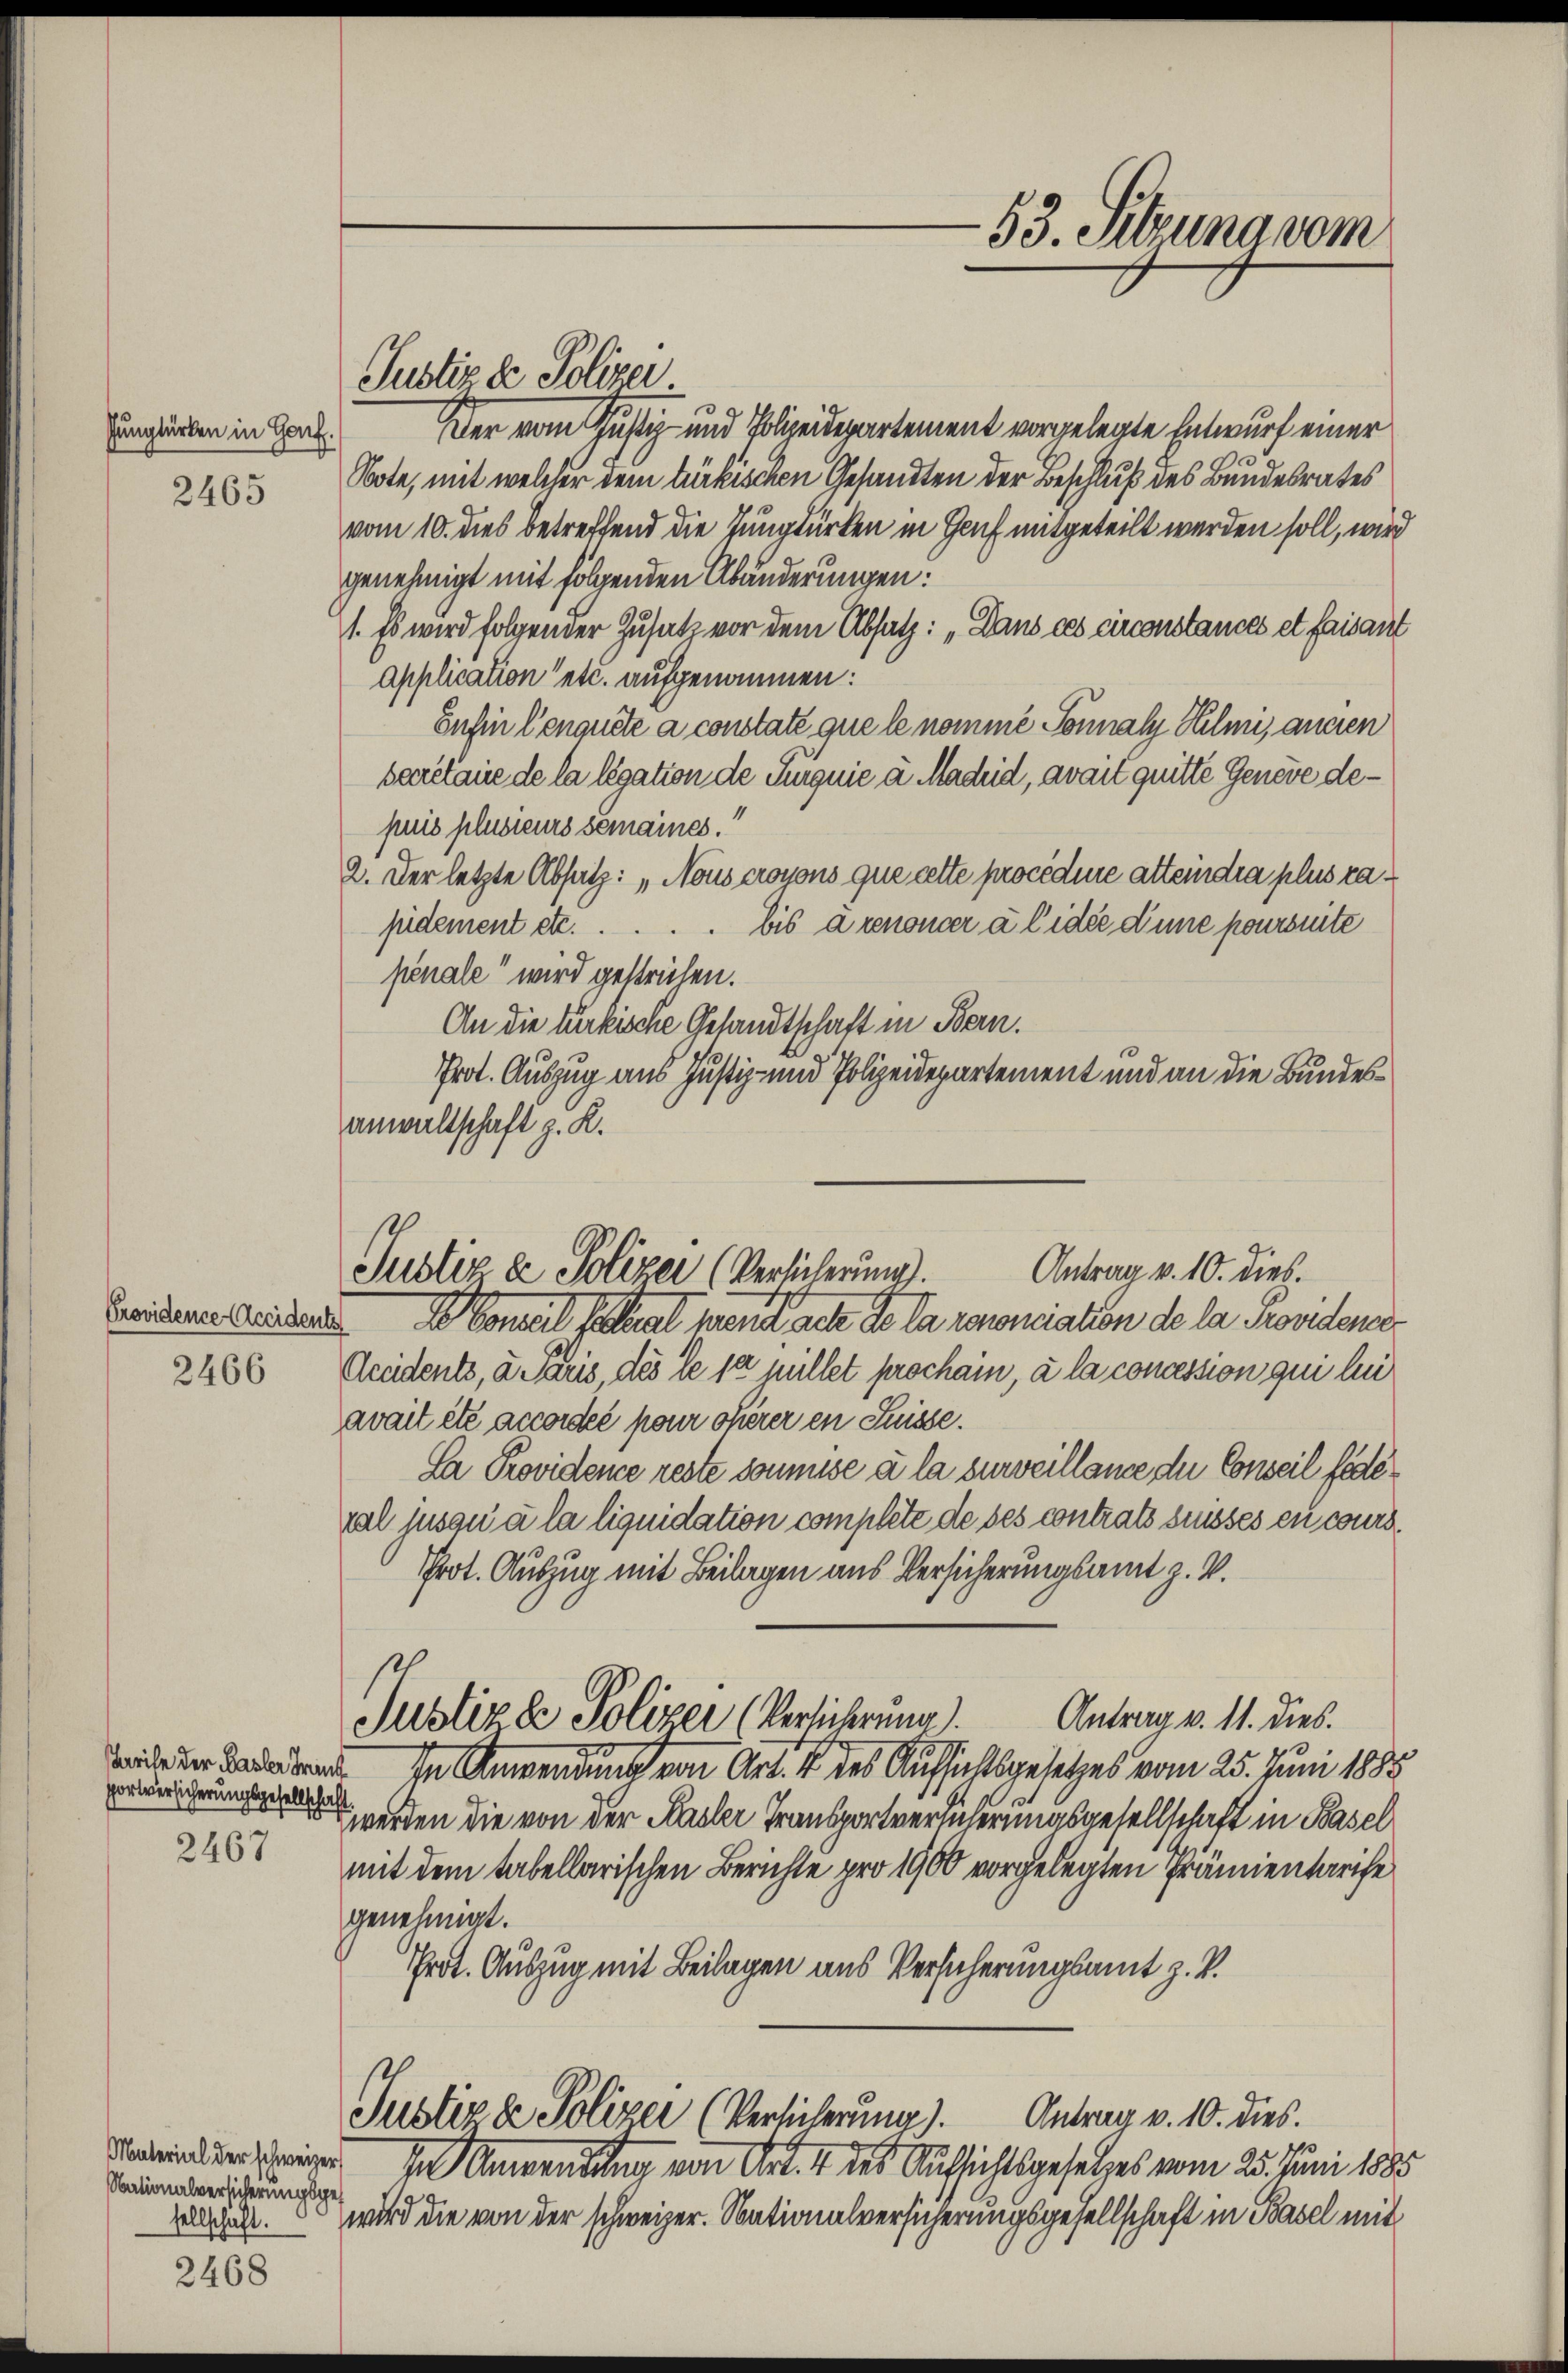
Pungtürken in Genf.

2465

Providence Accidente

2466

portversicherungsgesellschaft

2467

Nationalversicherungsges
sellschaft.

2468

Justiz & Polizei
Der vom Justiz- und Polizeidepartement vorgelegte Entwurf einer
Note, mit welcher dem türkischen Gesandten der Beschluß des Bundesrates
vom 10. dies betreffend die Zungtürken in Genf mitgeteilt werden soll, wird
genehmigt mit folgenden Abänderungen:
1. Es wird folgender Zusatz vor dem Absatz: „Dans ces circonstances et faisant
application etc. aufgenommen:
Enfin Cenquete a constate que le nomme Sonnaly Helmi, ancien
secretaire de la légation de Turgnie u. Madrid, avait quitte Geneve depuis plusieurs semaines.“
2. Der letzte Absatz: „Nous croyons que cette procédure atteindra plus rapidement etc. . . . . bis a renoncer à l’idée d’une poursuite
penale“ wird gestrichen.
An die türkische Gesandtschaft in Bern.
Prot. Auszug aus Justiz- und Polizeidepartement und an die Bundesanwaltschaft z. K.
Mamel stet hand sche de la renonciation de la Prorden
Accidents, u. Paris, des le se fillet prochain, à la concession qui lei
avait été accordée pour oherer en Suisse.
Sa Providence reste soumise à la surveillance du Conseil fédé
val jusqu’à la liquidation complete de des contrats suisses en cours¬
Prot. Auszug mit Beilagen aus Versicherungsamt z. V.
Antrag v. 11. dies.
Justizde Polizei (Verlicherung.
   In Anwendung von Art. 4 des Aufsichtsgesetzes vom 25. Juni 1885
werden die von der Kasler Transportverlicherungsgesellschaft in Basel
mit dem tabellarischen Berichte pro 1900 vorgelegten Prämientarife
genehmigt.
Prot. Auszug mit Beilagen aus Versicherungsamt z. B.
Justiz de Polizei (Versicherung). Antrag v. 10. dies.
eie In Anwendung von Art. 4 des Aufsichtsgesetzes vom 25. Juni 1885
wird die von der schweizer. Nationalversicherungsgesellschaft in Basel mit

Antrag v. 10. dies.
Justiz & Polizei (Verlicherung.

-53. Sitzuna vom